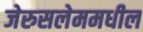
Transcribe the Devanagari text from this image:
जेरुसलेममधील